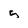
Character: 5